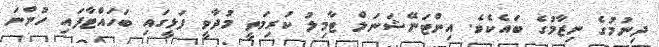
ދިނުމުގެ ނިޒާމުގެ ބައެކެވެ. އިންޓަނޭޝަނަލް ޓާމިލު ކުރިމަތީ މުދާވީ ފަޅީގައި ބަހައްޓާފައި ހުންނަ